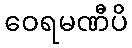
ဝေရမဏီပိ